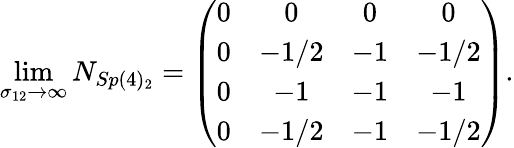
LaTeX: \operatorname*{lim}_{\sigma_{12}\rightarrow\infty}N_{Sp(4)_{2}}=\left(\begin{array}{cccc}{{0}}&{{0}}&{{0}}&{{0}}\\ {{0}}&{{-1/2}}&{{-1}}&{{-1/2}}\\ {{0}}&{{-1}}&{{-1}}&{{-1}}\\ {{0}}&{{-1/2}}&{{-1}}&{{-1/2}}\end{array}\right).